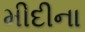
મીદીના